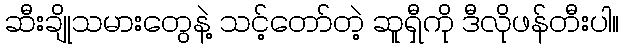
ဆီးချိုသမားတွေနဲ့ သင့်တော်တဲ့ ဆူရှီကို ဒီလိုဖန်တီးပါ။